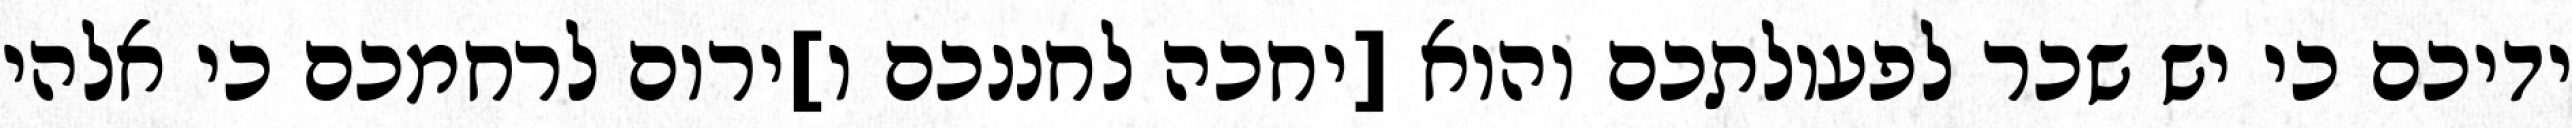
ידיכם כי יש שכר לפעולתכם והוא [יחכה לחננכם ו]ירום לרחמכם כי אלהי